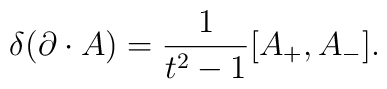
\delta (\partial \cdot A) = {1\over t^2 - 1} [A_+, A_-].